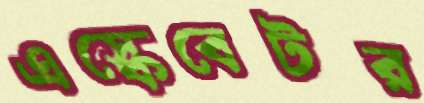
এস্কেবেটর